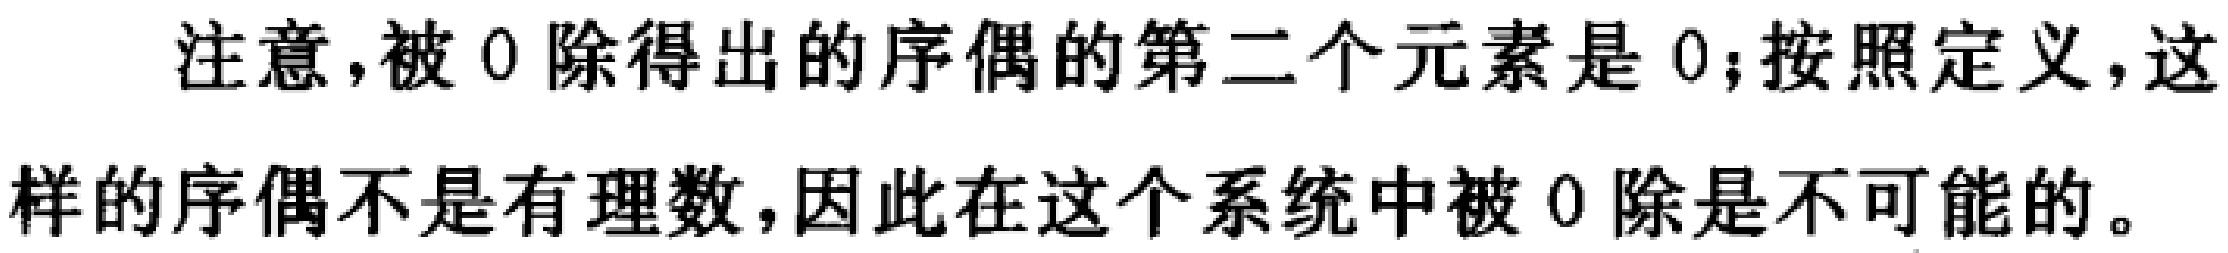
注意，被 0 除得出的序偶的第二个元素是 0；按照定义，这样的序偶不是有理数，因此在这个系统中被 0 除是不可能的。